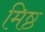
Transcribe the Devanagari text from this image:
मिष्ठ